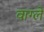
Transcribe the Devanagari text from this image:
वाग्ले